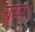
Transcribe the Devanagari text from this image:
चम्प्।